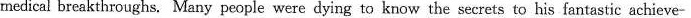
medical breakthroughs. Many people were dying to know the secrets to his fantastic achieve-